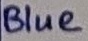
Text: Blue